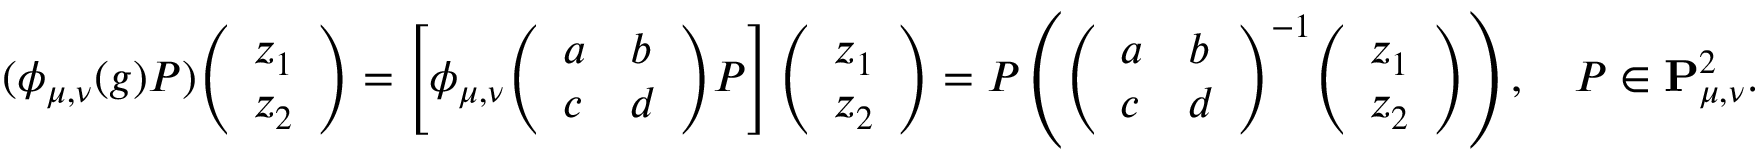
( \phi _ { \mu , \nu } ( g ) P ) { \left( \begin{array} { l } { z _ { 1 } } \\ { z _ { 2 } } \end{array} \right) } = \left[ \phi _ { \mu , \nu } { \left( \begin{array} { l l } { a } & { b } \\ { c } & { d } \end{array} \right) } P \right] { \left( \begin{array} { l } { z _ { 1 } } \\ { z _ { 2 } } \end{array} \right) } = P \left( { \left( \begin{array} { l l } { a } & { b } \\ { c } & { d } \end{array} \right) } ^ { - 1 } { \left( \begin{array} { l } { z _ { 1 } } \\ { z _ { 2 } } \end{array} \right) } \right) , \quad P \in \mathbf { P } _ { \mu , \nu } ^ { 2 } .